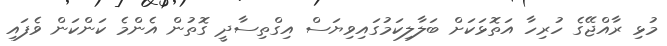
މުޅި ރާއްޖޭގެ ހުރިހާ އަތޮޅަކަށް ބަލާލިކަމުގައިވިޔަސް އިގްތިސާދީ ގޮތުން އެންމެ ކަންކަން ވެފައި